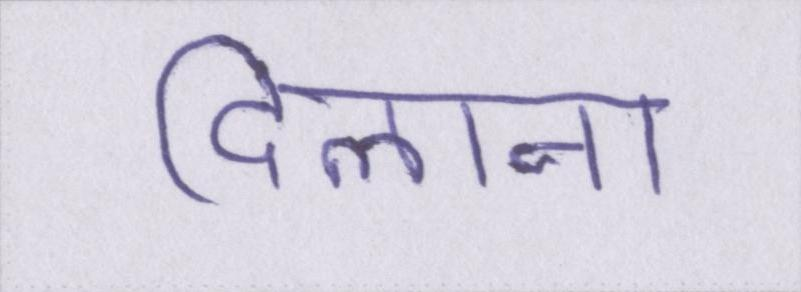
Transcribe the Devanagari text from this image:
दिलाना